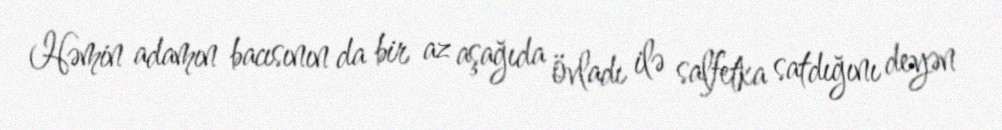
Həmin adamın bacısının da bir az aşağıda övladı ilə salfetka satdığını deyən